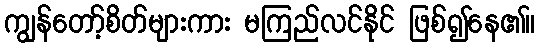
ကျွန်တော့်စိတ်များကား မကြည်လင်နိုင် ဖြစ်၍နေ၏။